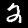
Label: 2